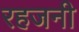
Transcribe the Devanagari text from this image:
रहजनी